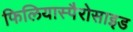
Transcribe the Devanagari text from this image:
फिलियास्पैरोसाइड